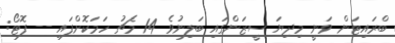
ބްރައިޓަން ވަނީ މިދިޔަ ސީޒަންގައި ބަލިނުވެ 14 މެޗު ހަމަކޮށްފައި -- ފޮޓޯ: